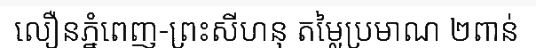
លឿនភ្នំពេញ-ព្រះសីហនុ តម្លៃប្រមាណ ២ពាន់